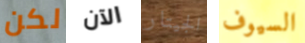
لكن الآن الجيتار السيوف